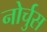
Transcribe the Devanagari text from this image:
नोर्चुस